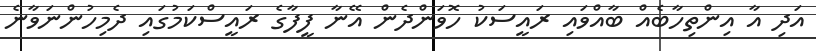
އަދި އާ އިންތިހާބެއް ބާއްވައި ރައީސަކު ހޮވަންދެން އޭނާ ފީފާގެ ރައީސްކަމުގައި ދެމިހުންނަވާނެ